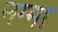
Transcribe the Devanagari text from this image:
नग्मा